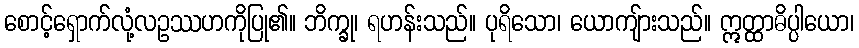
စောင့်ရှောက်လုံ့လဥဿဟကိုပြု၏။ ဘိက္ခု၊ ရဟန်းသည်။ ပုရိသော၊ ယောကျ်ားသည်။ ဣတ္ထာဓိပ္ပါယော၊